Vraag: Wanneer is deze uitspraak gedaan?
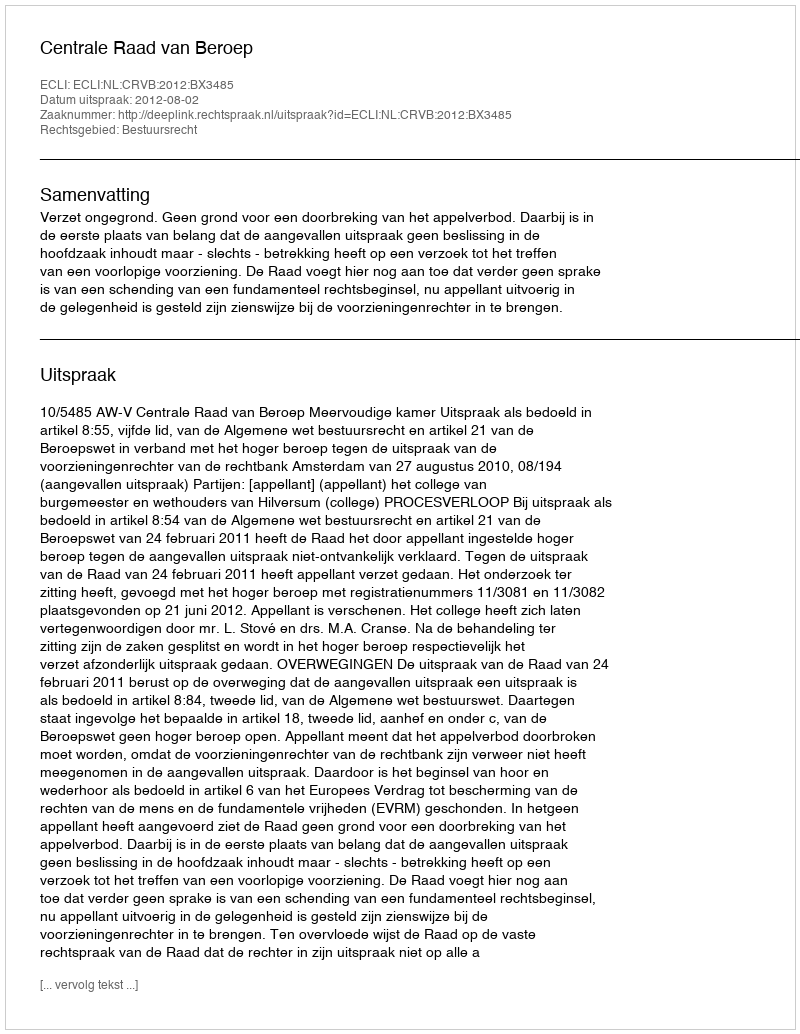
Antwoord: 2012-08-02